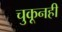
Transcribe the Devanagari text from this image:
चुकूनही